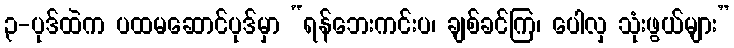
၃-ပုဒ်ထဲက ပထမဆောင်ပုဒ်မှာ “ရန်ဘေးကင်းပ၊ ချစ်ခင်ကြ၊ ပေါလှ သုံးဖွယ်များ”